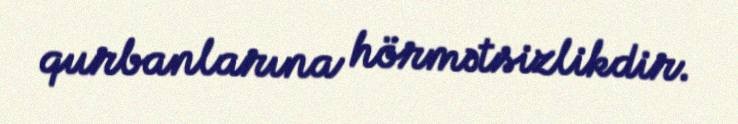
qurbanlarına hörmətsizlikdir.